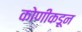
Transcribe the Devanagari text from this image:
कोणीकडून